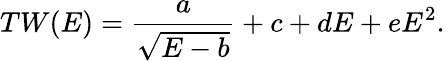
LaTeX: TW(E)=\frac{a}{\sqrt{E-b}}+c+dE+eE^{2}.